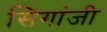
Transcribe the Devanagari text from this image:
सिगांजी